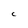
Character: C